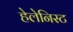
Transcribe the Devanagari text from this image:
हेलेनिस्ट